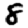
Digit: 8